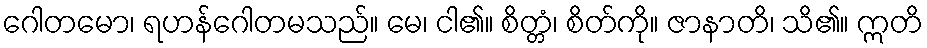
ဂေါတမော၊ ရဟန်ဂေါတမသည်။ မေ၊ ငါ၏။ စိတ္တံ၊ စိတ်ကို။ ဇာနာတိ၊ သိ၏။ ဣတိ